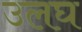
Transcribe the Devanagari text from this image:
उलघ